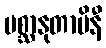
ပစ္ဆာနုတာပိနီ